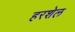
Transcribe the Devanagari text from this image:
हरशेल